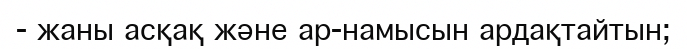
-	жаны асқақ және ар-намысын ардақтайтын;